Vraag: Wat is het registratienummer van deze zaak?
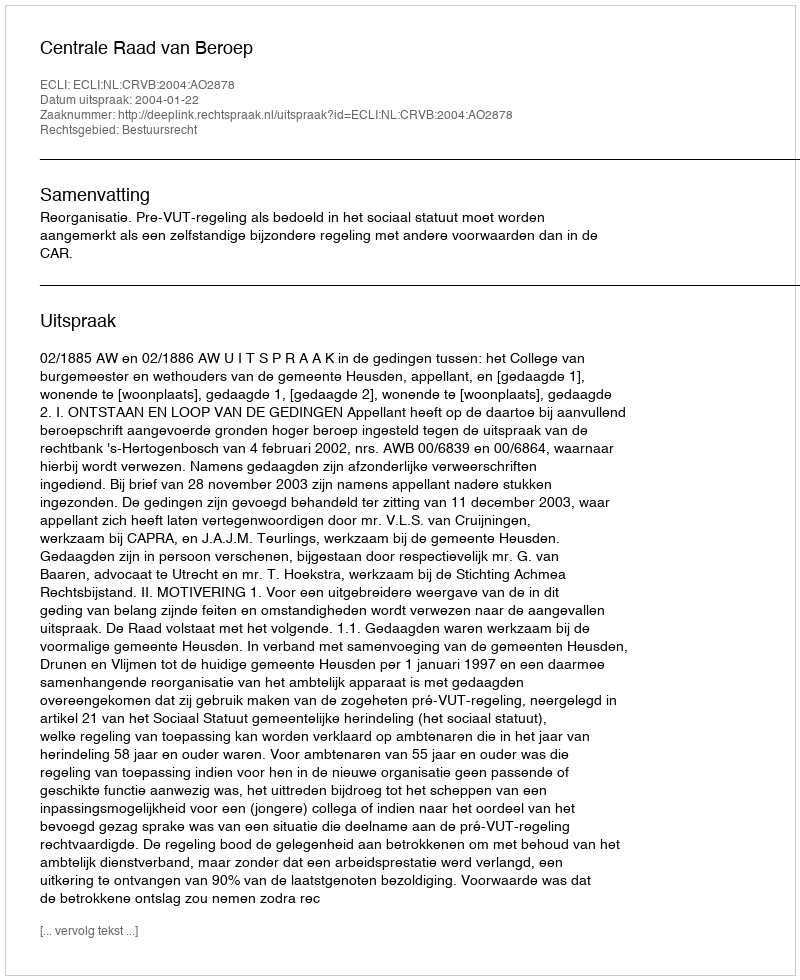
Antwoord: http://deeplink.rechtspraak.nl/uitspraak?id=ECLI:NL:CRVB:2004:AO2878